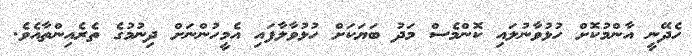
ހެދޭނީ އާންމުކޮށް ހުޅުވާނުލައި ކޮންމެސް މަދު ބަޔަކަށް ހުޅުވާލާފައި އެމީހުންނަށް ދިނުމުގެ ތެރެއިންތާއެވެ.